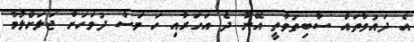
އެ ދައުވާތައް ސާބިތުވާތީ އޭނާ ދެ އަހަރާއި ހަ މަސް ދުވަހަށް ޖަލަށްލުމާ